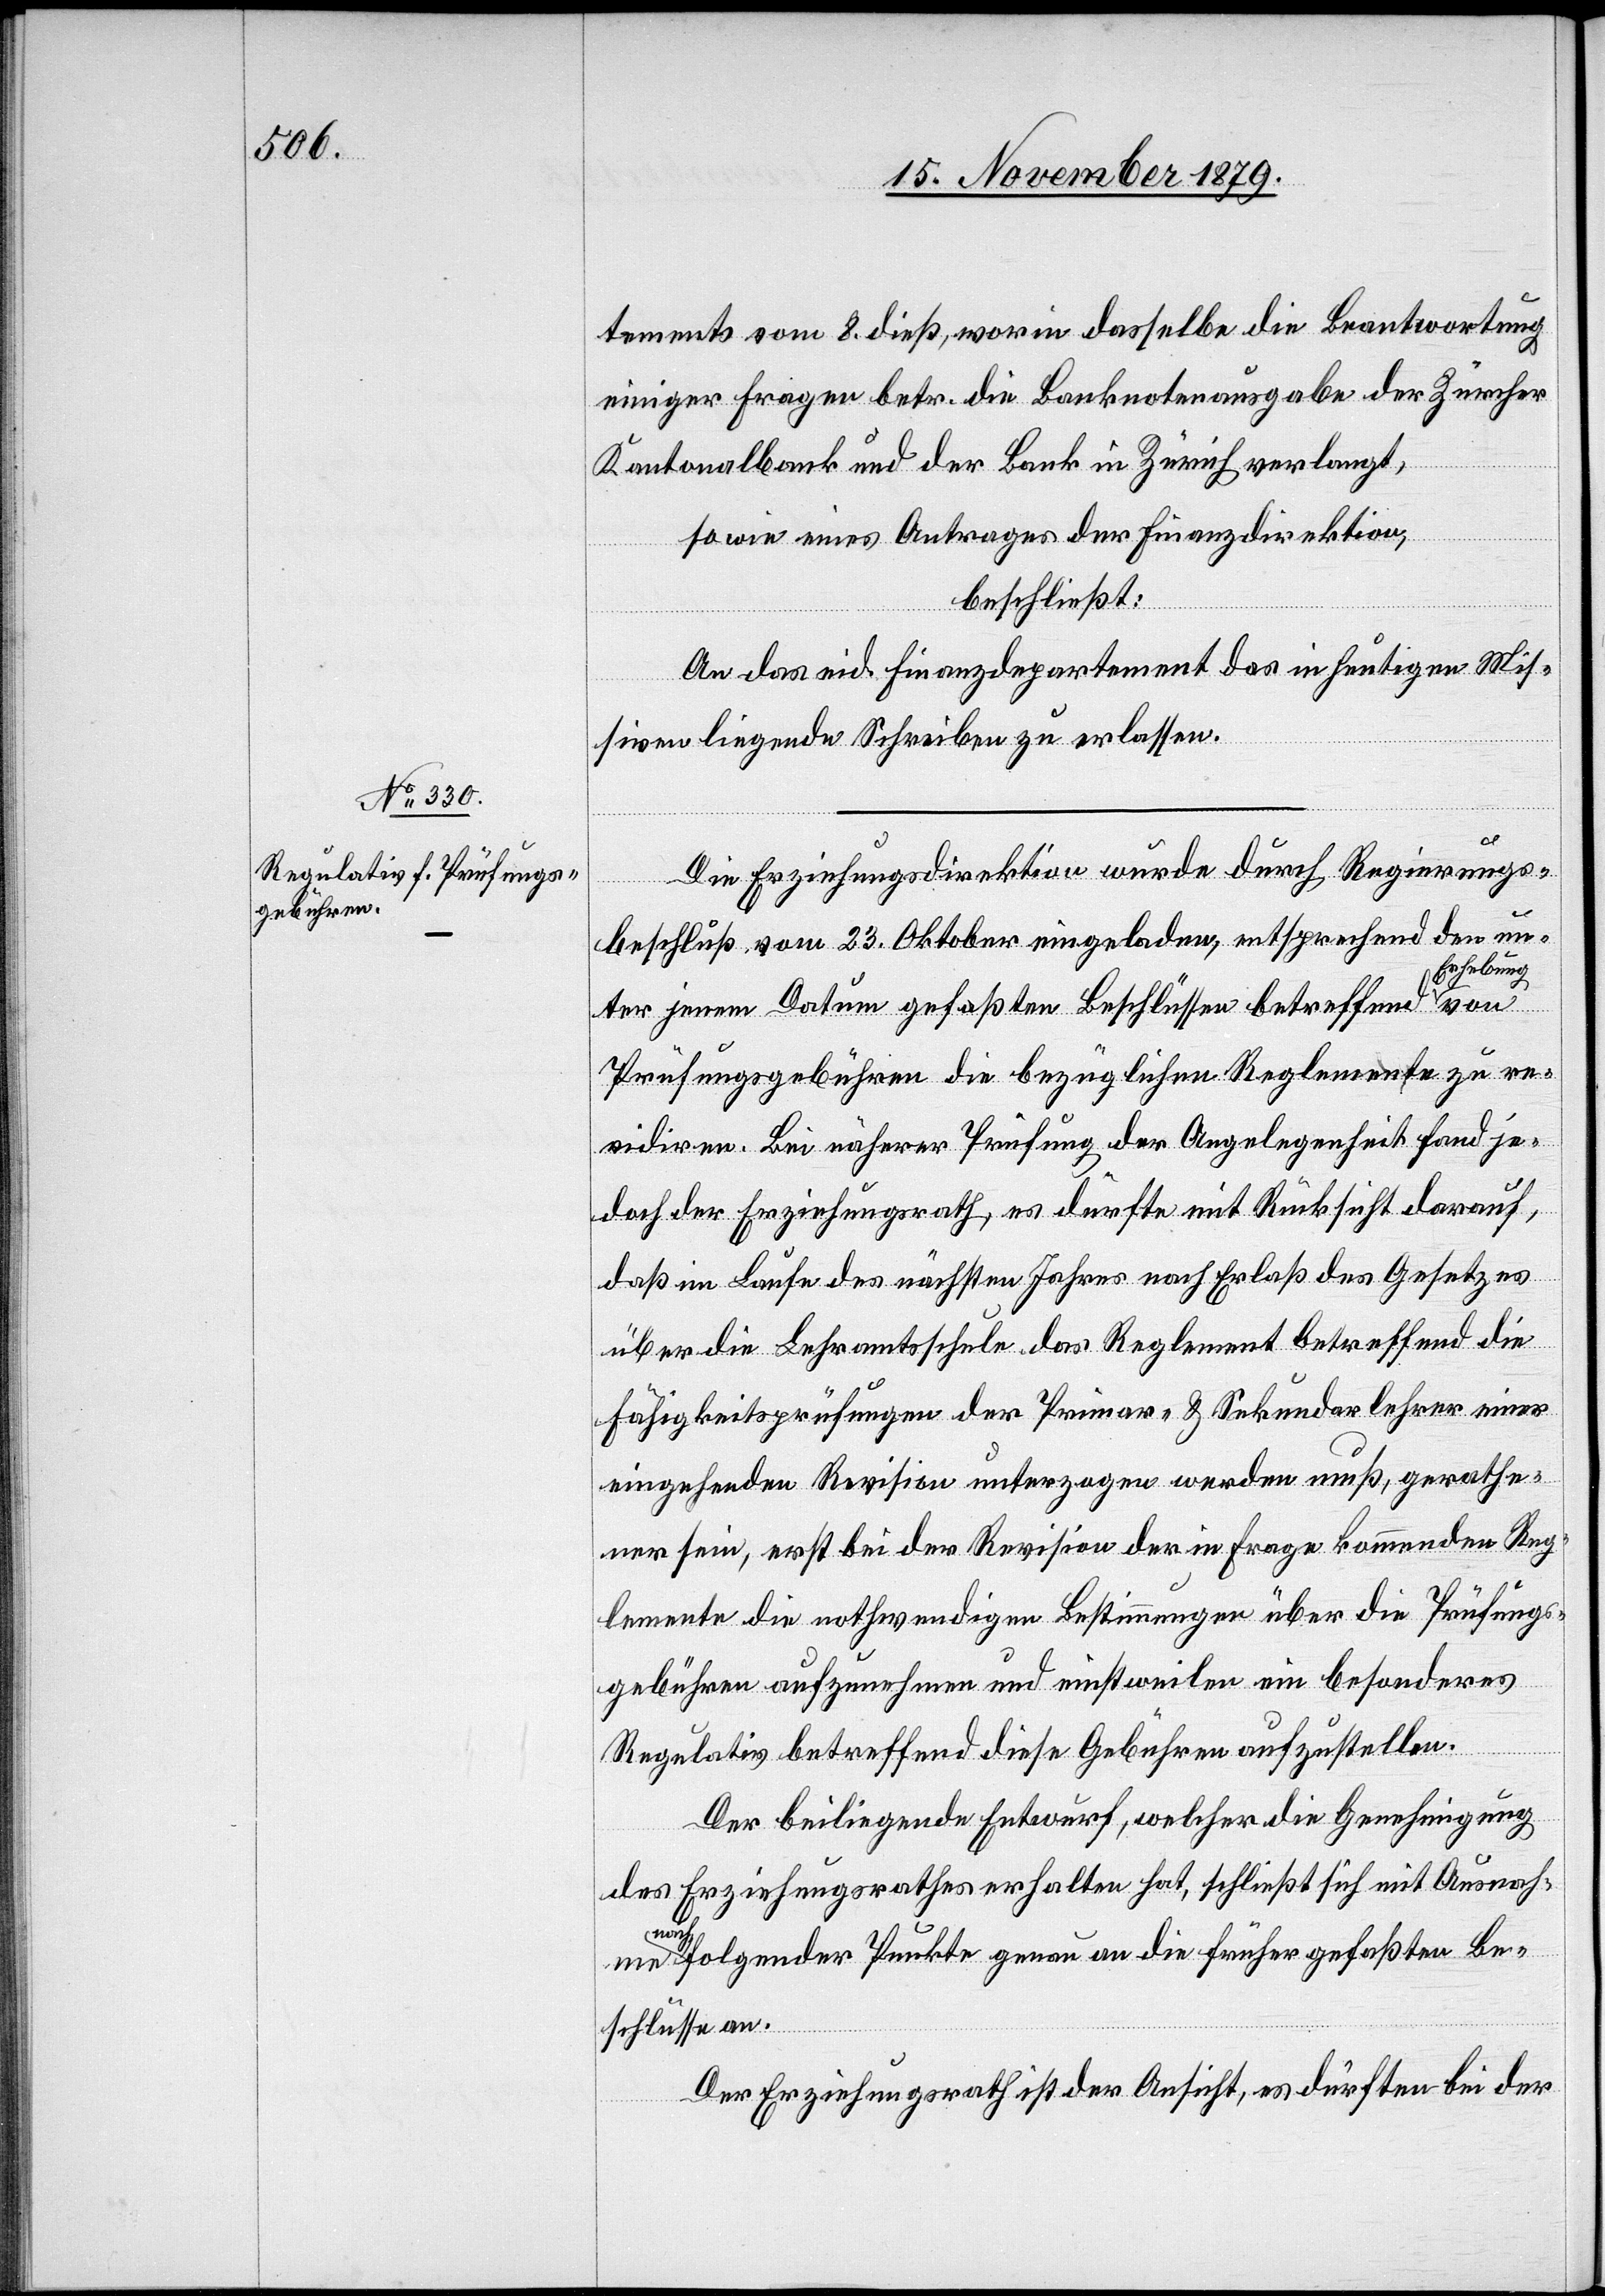
tements vom 8. dieß, worin dasselbe die Beantwortung
einiger Fragen betr. die Banknotenausgabe der Zürcher
Kantonalbank und der Bank in Zürich verlangt,
sowie eines Antrages der Finanzdirektion,
beschließt:
An das eid. Finanzdepartement das in heutigen Mis¬
siven liegende Schreiben zu erlassen.
Die Erziehungsdirektion wurde durch Regierungs¬
beschluß vom 23. Oktober eingeladen, entsprechend den un¬
Erhebung
ter jenem Datum gefaßten Beschlüssen betreffend
Prüfungsgebühren die bezüglichen Reglemente zu re¬
vidiren. Bei näherer Prüfung der Angelegenheit fand je¬
doch der Erziehungsrath, es dürfte mit Rücksicht darauf,
daß im Laufe des nächsten Jahres nach Erlaß des Gesetzes
über die Lehramtsschule das Reglement betreffend die
Fähigkeitsprüfungen der Primar- & Sekundarlehrer einer
eingehenden Revision unterzogen werden muß, gerathe¬
ner sein, erst bei der Revision der in Frage kommenden Reg¬
lemente die nothwendigen Bestimmungen über die Prüfungs¬
gebühren aufzunehmen und einstweilen ein besonderes
Regulativ betreffend diese Gebühren aufzustellen.
Der beiliegende Entwurf, welcher die Genehmigung
des Erziehungsrathes erhalten hat, schließt sich mit Ausnah¬
me
nachfolgender Punkte genau an die früher gefaßten Be¬
schlüsse an.
Der Erziehungsrath ist der Ansicht, es dürften bei der